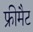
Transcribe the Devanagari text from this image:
फ्रीमैट